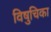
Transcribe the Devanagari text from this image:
विषुचिका